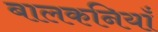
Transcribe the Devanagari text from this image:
बालकनियाँ